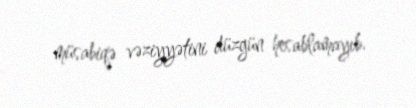
müsabiqə vəziyyətini düzgün hesablamayıb.